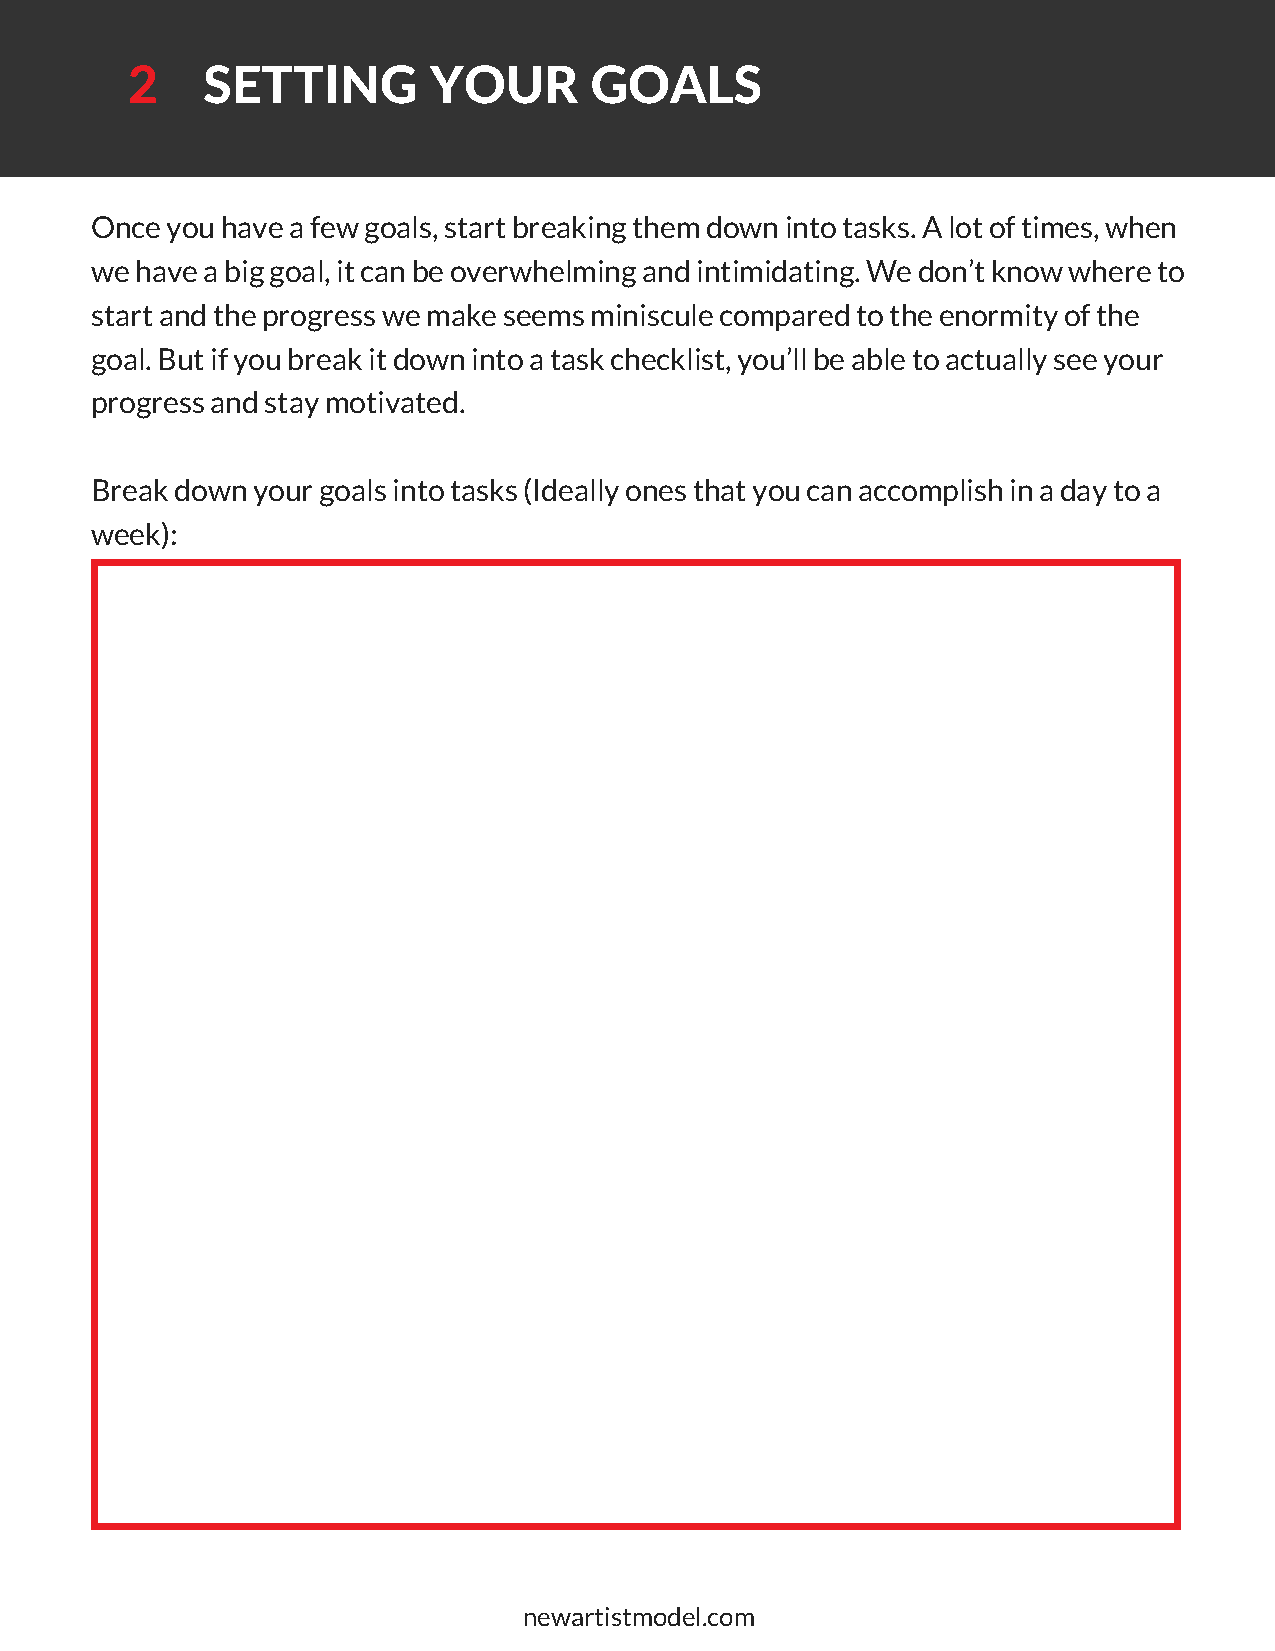
2    SETTING        YOUR       GOALS
 Once you have a few goals, start breaking them down into tasks. A lot of times, when
 we have a big goal, it can be overwhelming and intimidating. We don’t know where to
 start and the progress we make seems miniscule compared to the enormity of the
 goal. But if you break it down into a task checklist, you’ll be able to actually see your
 progress and stay motivated.
 Break down your goals into tasks (Ideally ones that you can accomplish in a day to a
 week):
 newartistmodel.com